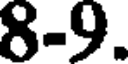
8-9.